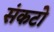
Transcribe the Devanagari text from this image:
संकटो